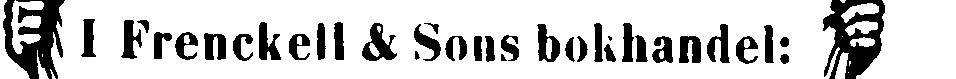
I Frenckell & Sons bokhandel: